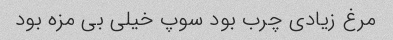
مرغ زیادی چرب بود سوپ خیلی بی مزه بود